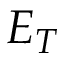
E _ { T }